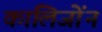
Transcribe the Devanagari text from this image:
कालिजोंन